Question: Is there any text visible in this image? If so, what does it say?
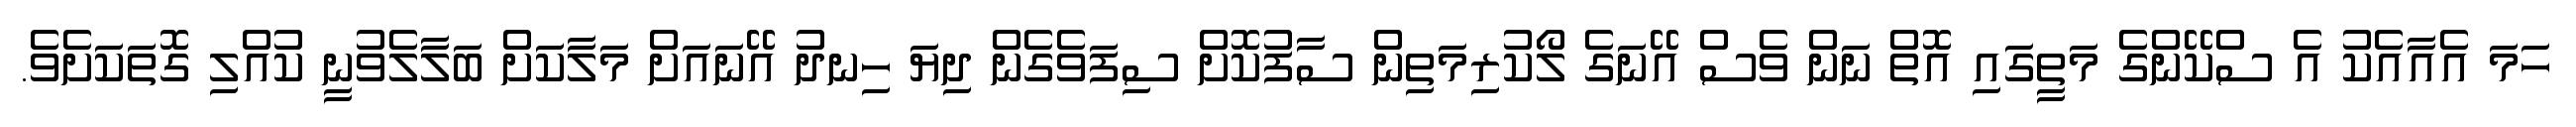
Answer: ހަމަ އެއާއެކު އެ ސްކޭންގެ މަތީގައި އޮތް ނަން ވެސް އޭނަގެ ލޯކުރިމަތިން ސާފުކޮށް ސިފަވެގެން ދިޔަ ހިނދު އޭނައަށް މަލާކަށް ބަލާލެވުނީ ކުއްލި ގޮތަކަށެވެ.